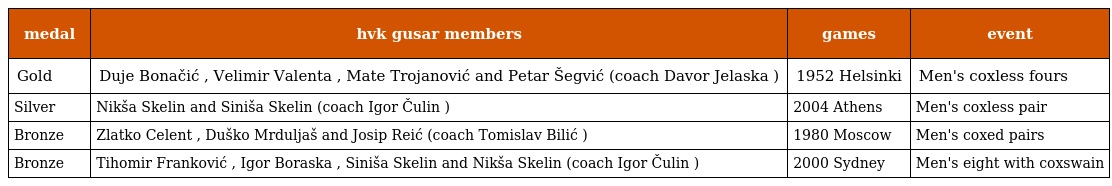
| medal | hvk gusar members | games | event |
 | --- | --- | --- | --- |
 | Gold | Duje Bonačić , Velimir Valenta , Mate Trojanović and Petar Šegvić (coach Davor Jelaska ) | 1952 Helsinki | Men's coxless fours |
 | Silver | Nikša Skelin and Siniša Skelin (coach Igor Čulin ) | 2004 Athens | Men's coxless pair |
 | Bronze | Zlatko Celent , Duško Mrduljaš and Josip Reić (coach Tomislav Bilić ) | 1980 Moscow | Men's coxed pairs |
 | Bronze | Tihomir Franković , Igor Boraska , Siniša Skelin and Nikša Skelin (coach Igor Čulin ) | 2000 Sydney | Men's eight with coxswain |